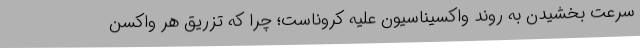
سرعت بخشیدن به روند واکسیناسیون علیه کروناست؛ چرا که تزریق هر واکسن